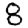
Digit: 8